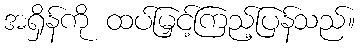
အရှိန်ကို ထပ်မြှင့်ကြည့်ပြန်သည်။